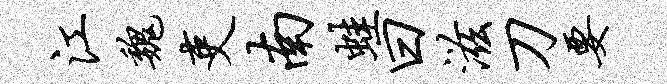
江魏吏南蛙曰滋刀要